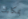
بمكانك